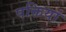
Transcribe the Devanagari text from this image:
पक्तियां